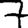
Digit: 7